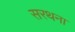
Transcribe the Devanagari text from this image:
सरथना